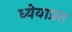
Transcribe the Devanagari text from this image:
ध्येयाप्रत